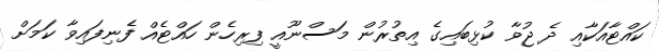
ކައްޓާއަކާއި ދެ ޖުވާ ކުޅިބައިގެ އިތުރުން މަސްނޫއީ ފިރިހެން ހައްޓެއް ފެނިފައިވާ ކަމަށް